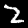
Digit: 2